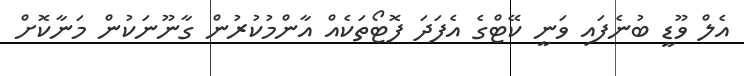
އެލް ވޫޑީ ބުނެފައި ވަނީ ކޭޓްގެ އެފަދަ ފޮޓޯތަކެއް އާންމުކުރުން ގާނޫނަކުން މަނާކޮށް